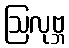
ဩလုဗ္ဘ